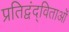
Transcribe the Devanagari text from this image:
प्रतिद्वंद्विताओं